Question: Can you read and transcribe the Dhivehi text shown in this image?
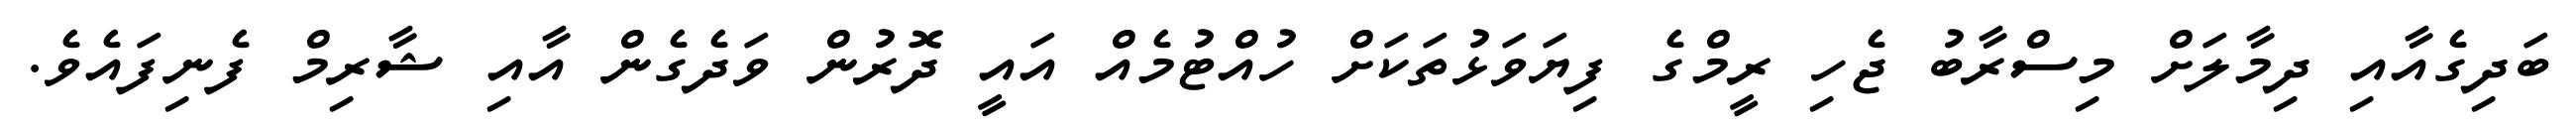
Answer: ބަދިގެއާއި ދިމާލަށް މިސްރާބު ޖެހި ރީމްގެ ފިޔަވަޅުތަކަށް ހުއްޓުމެއް އައީ ދޮރުން ވަދެގެން އާއި ޝާރިމް ފެނިފައެވެ.